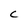
Character: C